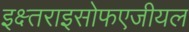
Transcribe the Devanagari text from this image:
इक्ष्तराइसोफएजीयल